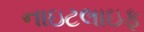
નાઇટલાઇફ